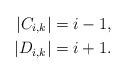
LaTeX: \begin{align*}|C_{i,k}| & = i - 1,\\|D_{i,k}| & = i + 1. \end{align*}